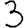
Digit: 3